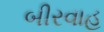
બીરવાહ